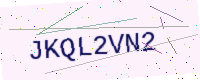
Text: JKQL2VN2